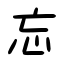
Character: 忘